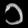
Digit: ၁